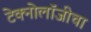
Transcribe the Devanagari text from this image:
टेक्नोलॉजीचा